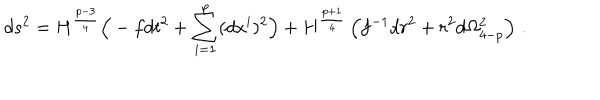
d s ^ { 2 } = H ^ { \frac { p - 3 } { 4 } } \Big ( - f d t ^ { 2 } + \sum _ { i = 1 } ^ { p } ( d x ^ { i } ) ^ { 2 } \Big ) + H ^ { \frac { p + 1 } { 4 } } \left( f ^ { - 1 } d r ^ { 2 } + r ^ { 2 } d \Omega _ { 4 - p } ^ { 2 } \right) \, .